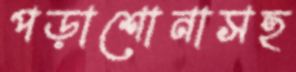
পড়াশোনাসহ